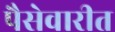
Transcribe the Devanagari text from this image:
पैसेवारीत